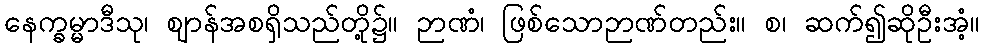
နေက္ခမ္မာဒီသု၊ ဈာန်အစရှိသည်တို့၌။ ဉာဏံ၊ ဖြစ်သောဉာဏ်တည်း။ စ၊ ဆက်၍ဆိုဦးအံ့။